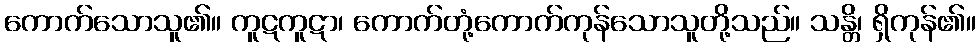
ကောက်သောသူ၏။ ကူဋကူဋာ၊ ကောက်တုံ့ကောက်ကုန်သောသူတို့သည်။ သန္တိ၊ ရှိကုန်၏။